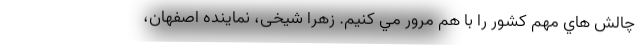
چالش هاي مهم كشور را با هم مرور مي كنيم. زهرا شیخی، نماینده اصفهان،